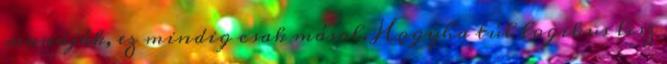
mondják, ez mindig csak másol. Hogyha túl logikus lesz